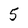
Character: 5